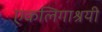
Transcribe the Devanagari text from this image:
एकलिगाश्रयी